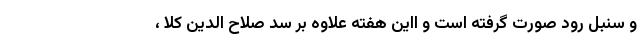
و سنبل رود صورت گرفته است و ااین هفته علاوه بر سد صلاح الدین کلا ،